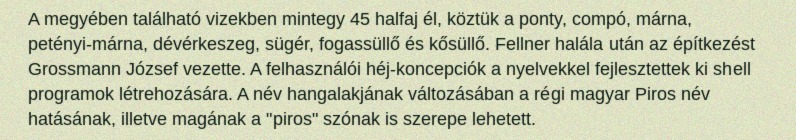
A megyében található vizekben mintegy 45 halfaj él, köztük a ponty, compó, márna, petényi-márna, dévérkeszeg, sügér, fogassüllő és kősüllő. Fellner halála után az építkezést Grossmann József vezette. A felhasználói héj-koncepciók a nyelvekkel fejlesztettek ki shell programok létrehozására. A név hangalakjának változásában a régi magyar Piros név hatásának, illetve magának a "piros" szónak is szerepe lehetett.